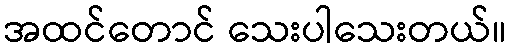
အထင်တောင် သေးပါသေးတယ်။